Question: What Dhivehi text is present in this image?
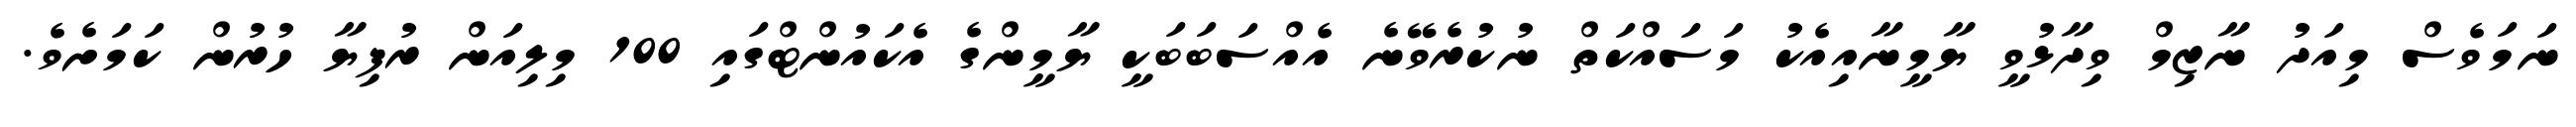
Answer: ނަމަވެސް މިއަދު ނާޒިމް ވިދާޅުވީ ޔާމީނާއިއެކު މަސައްކަތް ނުކުރެވޭނެ އެއްސަބަބަކީ ޔާމީންގެ އެކައުންޓްގައި 100 މިލިއަން ރުފިޔާ ހުރުން ކަމަށެވެ.